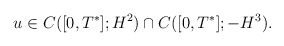
\begin{align*} u\in C([0,T^*]; H^2)\cap C([0,T^*]; -H^3).\end{align*}